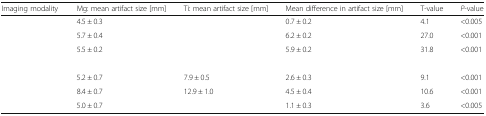
<table><thead><tr><td><b>Imaging modality</b></td><td><b>Mg: mean artifact size [mm]</b></td><td><b>Ti: mean artifact size [mm]</b></td><td><b>Mean difference in artifact size [mm]</b></td><td><b>T-value</b></td><td><b><i>P</i>-value</b></td></tr></thead><tbody><tr><td>[EMPTY_CELL]</td><td>4.5 ± 0.3</td><td>[EMPTY_CELL]</td><td>0.7 ± 0.2</td><td>4.1</td><td>&lt;0.005</td></tr><tr><td>[EMPTY_CELL]</td><td>5.7 ± 0.4</td><td>[EMPTY_CELL]</td><td>6.2 ± 0.2</td><td>27.0</td><td>&lt;0.001</td></tr><tr><td>[EMPTY_CELL]</td><td>5.5 ± 0.2</td><td>[EMPTY_CELL]</td><td>5.9 ± 0.2</td><td>31.8</td><td>&lt;0.001</td></tr><tr><td colspan="6">[EMPTY_CELL]</td></tr><tr><td>[EMPTY_CELL]</td><td>5.2 ± 0.7</td><td>7.9 ± 0.5</td><td>2.6 ± 0.3</td><td>9.1</td><td>&lt;0.001</td></tr><tr><td>[EMPTY_CELL]</td><td>8.4 ± 0.7</td><td>12.9 ± 1.0</td><td>4.5 ± 0.4</td><td>10.6</td><td>&lt;0.001</td></tr><tr><td>[EMPTY_CELL]</td><td>5.0 ± 0.7</td><td>[EMPTY_CELL]</td><td>1.1 ± 0.3</td><td>3.6</td><td>&lt;0.005</td></tr></tbody></table>